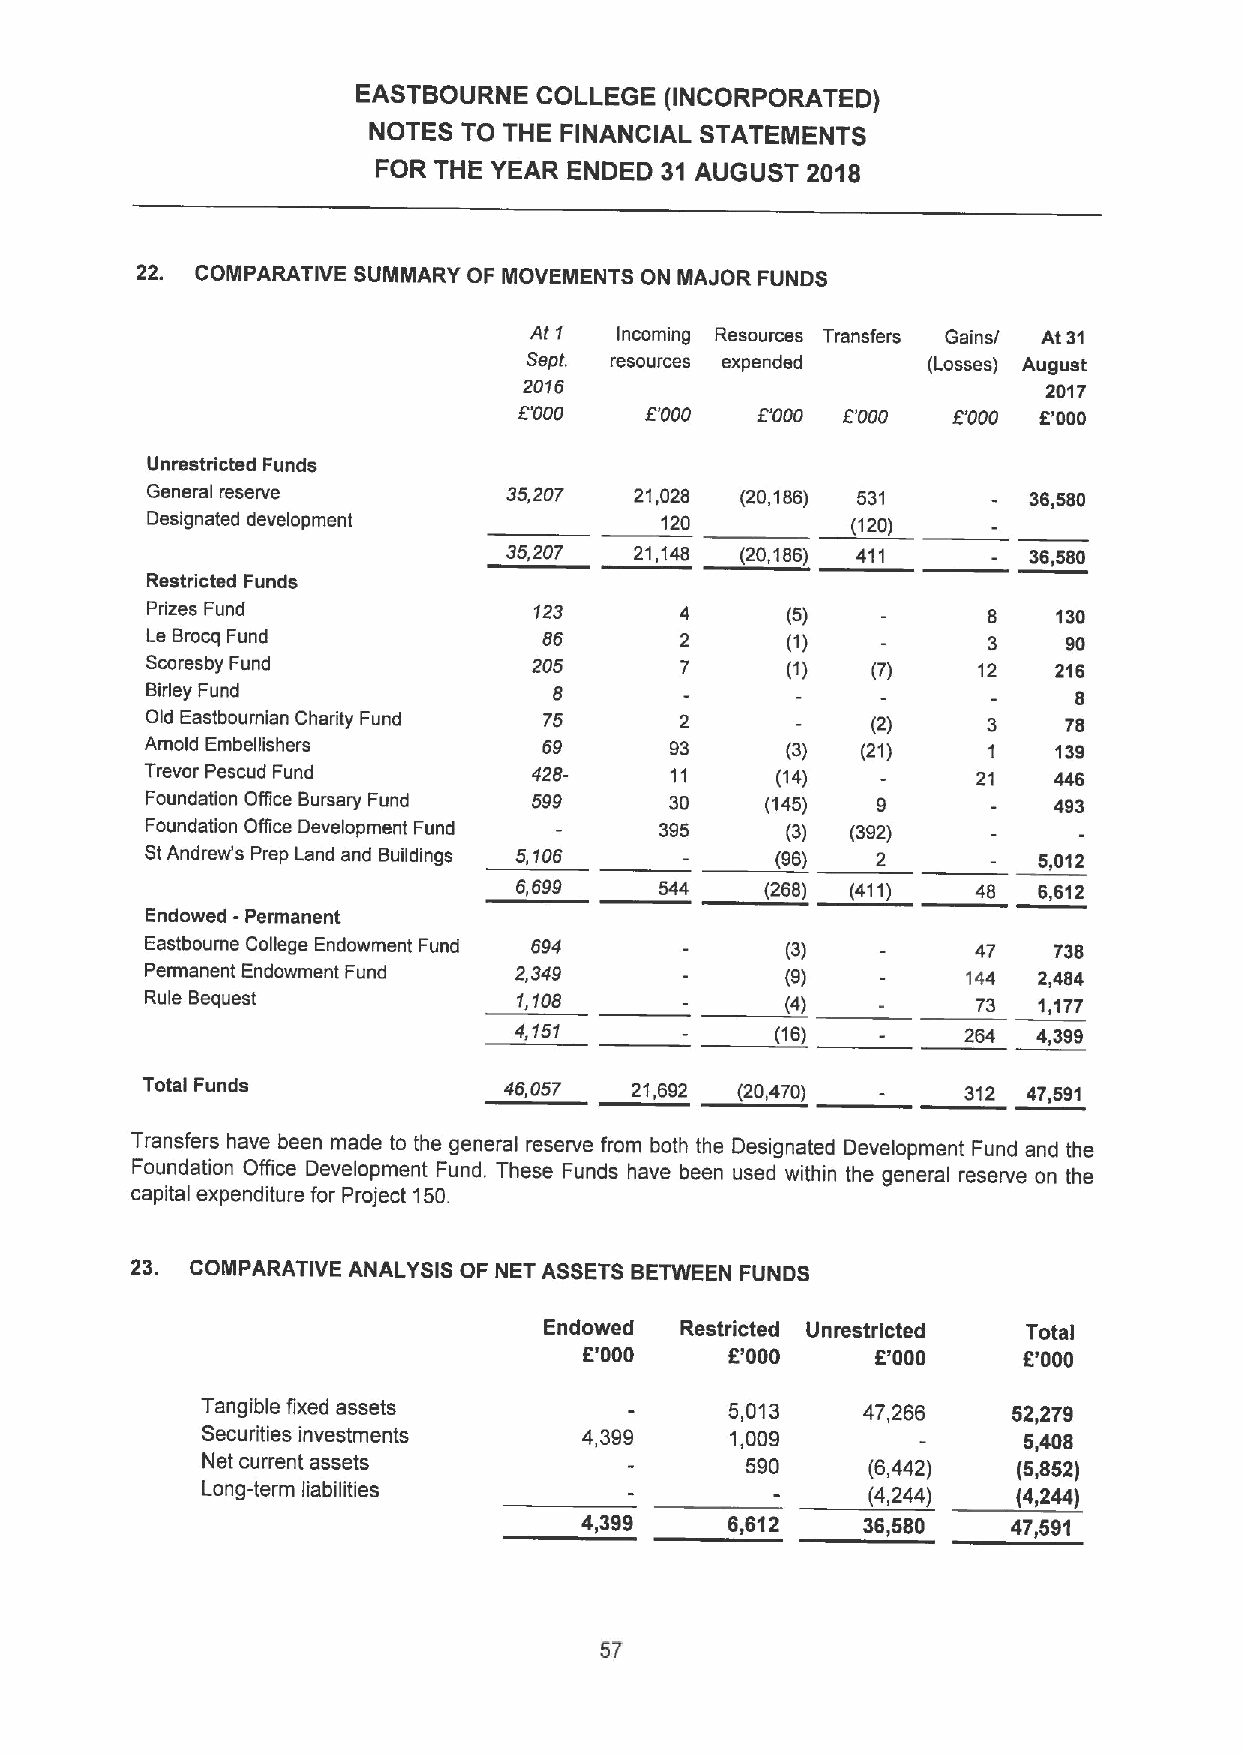
EASTBOURNE  COLLEGE (INCORIoORATED)
 NOTES  TO THE FINANCIAL STATEMENTS
 FOR THE YEAR ENDED 31 AUGUST 2018
 22. COMPARATIVE SUMMARY OF MOVEMENTS ON MAJOR FUNDS
 At 1  Incoming Resources Transfers Gains/ At 31
 Sept. resources expended  (Losses) August
 2015                              2017
 L'000    Z'000  Z'000 L'000  Z'000 6'000
 Unrestricted Funds
 General reserve         35,207  21,028 (20,186) 531       36,580
 Designated development            120         (120)
 35,207  21,148 (20,186) 411       36,580
 Resti'icted Funds
 Prizes Fund              123              (5)          8    130
 Le Brocq Fund             86              (1)          3     90
 Scoresby Fund            205              (1)   (7)    12   216
 Birley Fund                8                                 8
 Old Eastbournian Charity Fund 75   2            (2)    3     78
 Arnold Embellishers       69      93      (3)  (21)    1    139
 Trevor Pescud Fund       428-     11     (14)   -      21   446
 Foundation Office Bursary Fund 599 30    (145)  9           493
 Foundation Office Development Fund 395    (3) (392)
 StAndrew's Prep Land and Buildings 5,106 (96)   2          5,012
 6,699     544    (268) (411)   48  6,612
 Endowed -Permanent
 Eastbourne College Endowment Fund 694     (3)          47   738
 Permanent Endowment Fund 2,349            (9)         144  2,484
 Rule Bequest            1,108             (4)          73  1,177
 4,151            (16)         264  4,399
 Total Funds             46,057   21,692 (20,470) -     312 47,591
 Transfers have been made to the general reserve from both the Designated Development Fund and the
 Foundation Office Development Fund. These Funds have been used within the general reserve on the
 capital expenditure for Project 150.
 23. COMPARATIVE ANALYSIS OF NET ASSETS BETWEEN FUNDS
 Endowed  Restricted Unrestricted Total
 5'000    K'000     5'000     5'000
 Tangible fixed assets              5,013    47,266    52,279
 Securities investments    4,399    1,009               5,408
 Net current assets                  590      (6,442)  (5,852)
 Long-term liabilities                        (4,244)  (4,244)
 4,399     6,612    36,580    47,591
 57